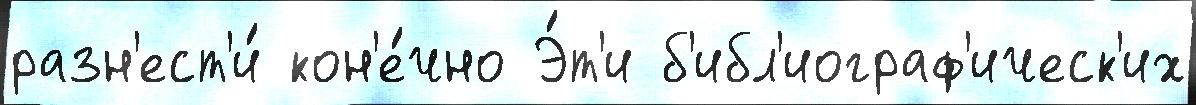
разн'ест'и́ кон'е́чно Э́т'и б'ибл'иограф'ическ'их